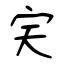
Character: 宎